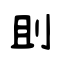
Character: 刞